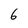
Character: 6